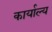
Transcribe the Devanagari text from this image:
कार्याल्य